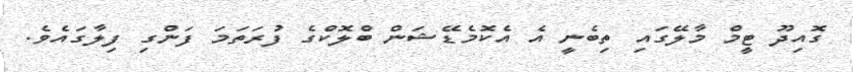
ގޮއިދޫ ޓީމް މާލޭގައި ތިބެނީ އެ އެކޮމެޑޭޝަން ބްލޮކްގެ ފުރަތަމަ ފަންގި ފިލާގައެވެ.